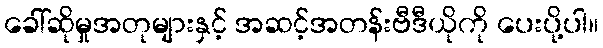
ခေါ်ဆိုမှုအတုများနှင့် အဆင့်အတန်းဗီဒီယိုကို ပေးပို့ပါ။